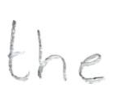
Text: the
Cross-out: clean
Writing tool: pencil